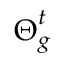
\boldsymbol { \Theta } _ { g } ^ { t }